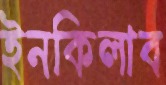
ইনকিলাব